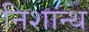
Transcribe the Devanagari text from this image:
निशान्थ